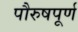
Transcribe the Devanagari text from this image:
पौरुषपूर्ण